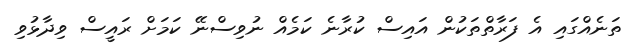
ތަނެއްގައި އެ ފަރާތްތަކުން އައިސް ކުރާނެ ކަމެއް ނުވިސްނޭ ކަމަށް ރައީސް ވިދާޅުވި